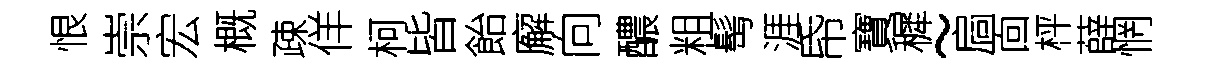
恨崇宏概疎佯柯皆飴廨向醲粗髩涯帋寶穉~扃靣枰薛惘